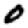
Digit: 0